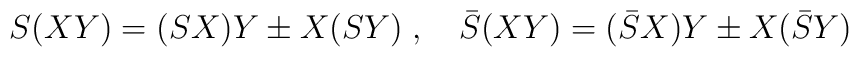
S (XY) = (SX) Y \pm X (SY) \; , \quad \bar{S} (XY) = (\bar{S}X) Y \pm X(\bar{S}Y)